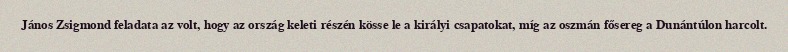
János Zsigmond feladata az volt, hogy az ország keleti részén kösse le a királyi csapatokat, míg az oszmán fősereg a Dunántúlon harcolt.